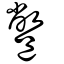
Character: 鄨